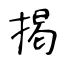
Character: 掲